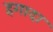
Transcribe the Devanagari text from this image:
हगादा